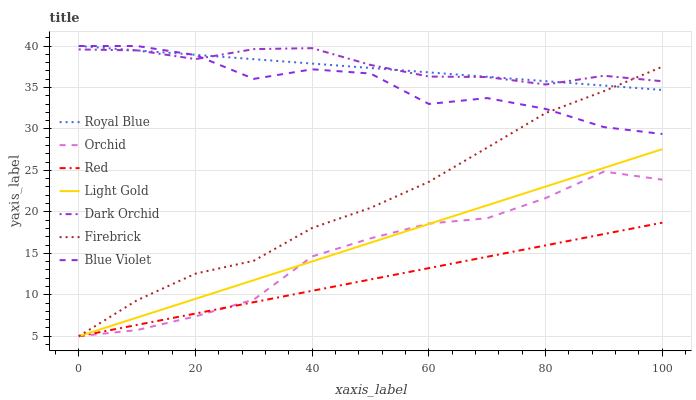
| xaxis_label | Royal Blue | Orchid | Red | Light Gold | Dark Orchid | Firebrick | Blue Violet |
 | --- | --- | --- | --- | --- | --- | --- | --- |
 | 0 | 40 | 5 | 5 | 5 | 39.6 | 5 | 40 |
 | 10 | 39.5 | 5.75 | 6.37 | 7.26 | 39.5 | 9.35 | 40 |
 | 20 | 38.9 | 7.4 | 7.74 | 9.51 | 38.4 | 12.5 | 38.9 |
 | 30 | 38.4 | 9.42 | 9.11 | 11.8 | 39.6 | 14.1 | 36 |
 | 40 | 37.9 | 14.6 | 10.5 | 14 | 39.7 | 18.1 | 37.2 |
 | 50 | 37.4 | 16.8 | 11.8 | 16.3 | 37.7 | 20.5 | 36.7 |
 | 60 | 36.8 | 18.6 | 13.2 | 18.5 | 36.3 | 23.6 | 33 |
 | 70 | 36.3 | 19.2 | 14.6 | 20.8 | 36.3 | 27.7 | 33.7 |
 | 80 | 35.8 | 21.7 | 16 | 23 | 35.4 | 31.9 | 32.4 |
 | 90 | 35.2 | 24.9 | 17.3 | 25.3 | 36.4 | 34.6 | 30.2 |
 | 100 | 34.7 | 23.9 | 18.7 | 27.6 | 35.8 | 37.5 | 29.4 |